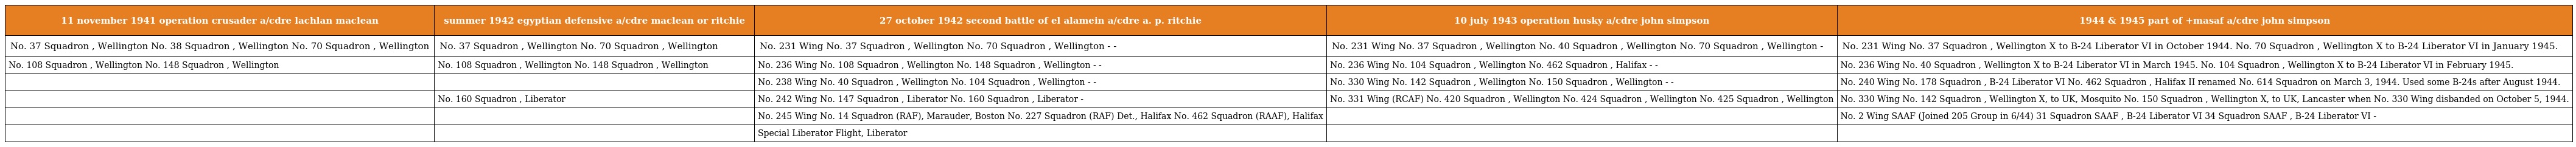
| 11 november 1941 operation crusader a/cdre lachlan maclean | summer 1942 egyptian defensive a/cdre maclean or ritchie | 27 october 1942 second battle of el alamein a/cdre a. p. ritchie | 10 july 1943 operation husky a/cdre john simpson | 1944 & 1945 part of +masaf a/cdre john simpson |
 | --- | --- | --- | --- | --- |
 | No. 37 Squadron , Wellington No. 38 Squadron , Wellington No. 70 Squadron , Wellington | No. 37 Squadron , Wellington No. 70 Squadron , Wellington | No. 231 Wing No. 37 Squadron , Wellington No. 70 Squadron , Wellington - - | No. 231 Wing No. 37 Squadron , Wellington No. 40 Squadron , Wellington No. 70 Squadron , Wellington - | No. 231 Wing No. 37 Squadron , Wellington X to B-24 Liberator VI in October 1944. No. 70 Squadron , Wellington X to B-24 Liberator VI in January 1945. |
 | No. 108 Squadron , Wellington No. 148 Squadron , Wellington | No. 108 Squadron , Wellington No. 148 Squadron , Wellington | No. 236 Wing No. 108 Squadron , Wellington No. 148 Squadron , Wellington - - | No. 236 Wing No. 104 Squadron , Wellington No. 462 Squadron , Halifax - - | No. 236 Wing No. 40 Squadron , Wellington X to B-24 Liberator VI in March 1945. No. 104 Squadron , Wellington X to B-24 Liberator VI in February 1945. |
 |  |  | No. 238 Wing No. 40 Squadron , Wellington No. 104 Squadron , Wellington - - | No. 330 Wing No. 142 Squadron , Wellington No. 150 Squadron , Wellington - - | No. 240 Wing No. 178 Squadron , B-24 Liberator VI No. 462 Squadron , Halifax II renamed No. 614 Squadron on March 3, 1944. Used some B-24s after August 1944. |
 |  | No. 160 Squadron , Liberator | No. 242 Wing No. 147 Squadron , Liberator No. 160 Squadron , Liberator - | No. 331 Wing (RCAF) No. 420 Squadron , Wellington No. 424 Squadron , Wellington No. 425 Squadron , Wellington | No. 330 Wing No. 142 Squadron , Wellington X, to UK, Mosquito No. 150 Squadron , Wellington X, to UK, Lancaster when No. 330 Wing disbanded on October 5, 1944. |
 |  |  | No. 245 Wing No. 14 Squadron (RAF), Marauder, Boston No. 227 Squadron (RAF) Det., Halifax No. 462 Squadron (RAAF), Halifax |  | No. 2 Wing SAAF (Joined 205 Group in 6/44) 31 Squadron SAAF , B-24 Liberator VI 34 Squadron SAAF , B-24 Liberator VI - |
 |  |  | Special Liberator Flight, Liberator |  |  |